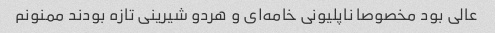
عالی بود مخصوصا ناپلیونی خامه‌ای و هردو شیرینی تازه بودند ممنونم